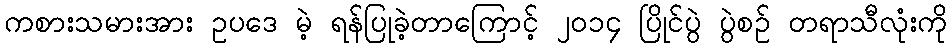
ကစားသမားအား ဥပဒေ မဲ့ ရန်ပြုခဲ့တာကြောင့် ၂၀၁၄ ပြိုင်ပွဲ ပွဲစဉ် တရာသီလုံးကို